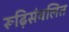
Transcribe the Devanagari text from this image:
रूढ़िसंवलित